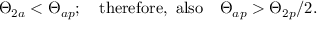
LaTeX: \Theta _ { 2 a } < \Theta _ { a p } ; \quad \mathrm { t h e r e f o r e , ~ a l s o } \quad \Theta _ { a p } > \Theta _ { 2 p } / 2 .